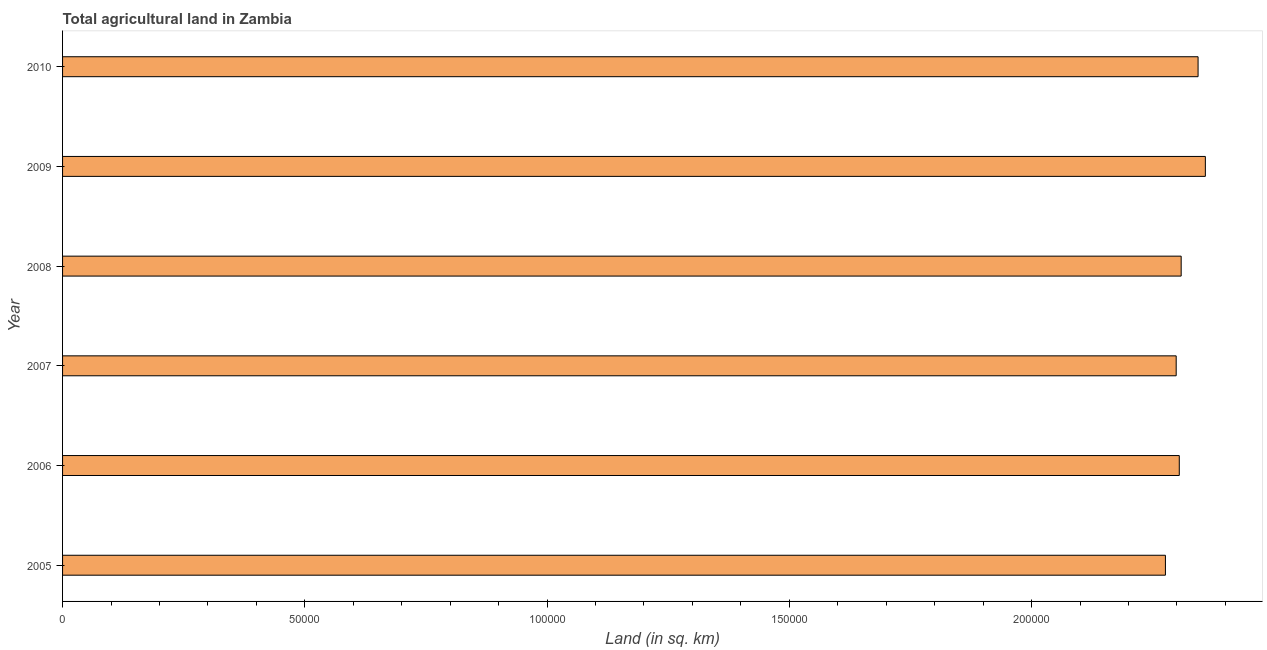
| Year | Agricultural land (sq. km) |
 | --- | --- |
 | 2005 | 2.28e+05 |
 | 2006 | 2.3e+05 |
 | 2007 | 2.3e+05 |
 | 2008 | 2.31e+05 |
 | 2009 | 2.36e+05 |
 | 2010 | 2.34e+05 |